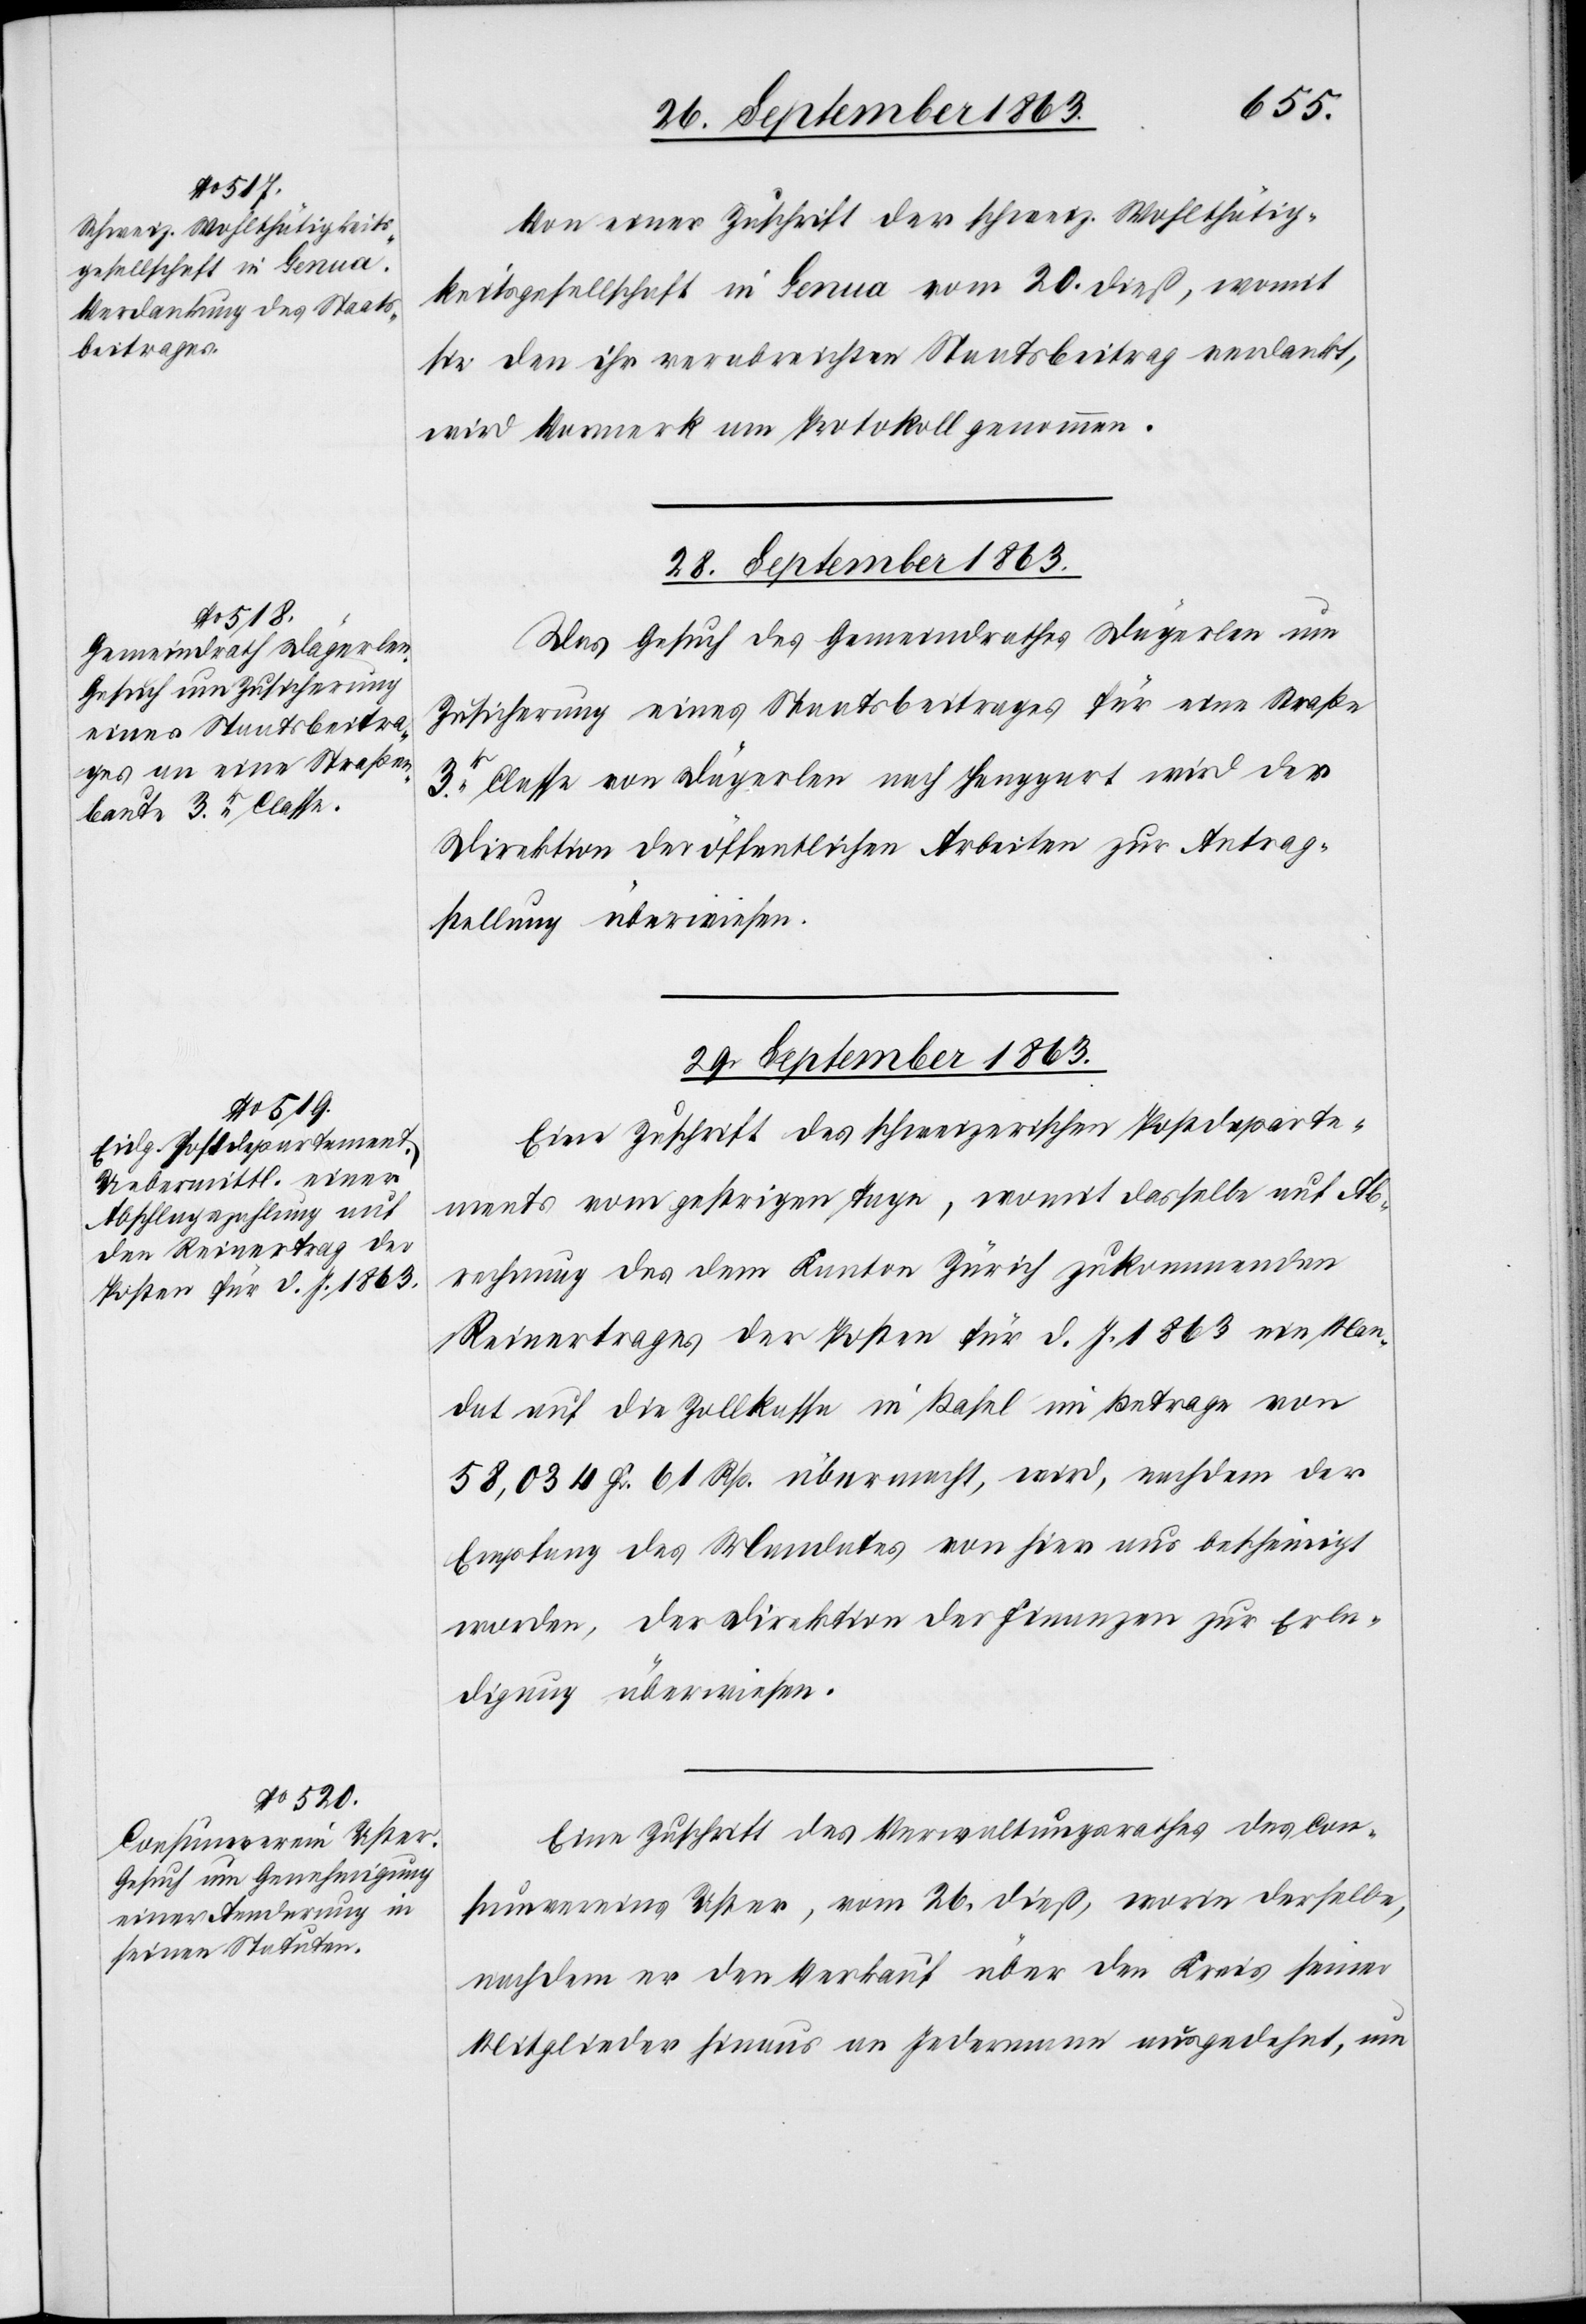
26. September 1863.]
Von einer Zuschrift der schweiz. Wohlthätig¬
keitsgesellschaft in Genua vom 20. dieß, womit
sie den ihr verabreichten Staatsbeitrag verdankt,
wird Vormerk am Protokoll genommen.
28. September 1863.
Das Gesuch des Gemeindrathes Dägerlen um
Zusicherung eines Staatsbeitrages für eine Straße
3r. Classe von Dägerlen nach Henggart wird der
Direktion der öffentlichen Arbeiten zur Antrag¬
stellung überwiesen.
29. September 1863.]
Eine Zuschrift des schweizerischen Postdeparte¬
ments vom gestrigen Tage, womit dasselbe auf Ab¬
rechnung des dem Kanton Zürich zukommenden
Reinertrages der Posten für d. J. 1863 ein Man¬
dat auf die Zollkassa in Basel im Betrage von
58,034 Fr. 61 Rp. übermacht, wird, nachdem der
Empfang des Mandates von hier aus bescheinigt
worden, der Direktion der Finanzen zur Erle¬
digung überwiesen.
Eine Zuschrift des Verwaltungsrathes des Con¬
sumvereins Uster, vom 26. dieß, worin derselbe,
nachdem er den Verkauf über den Kreis seiner
Mitglieder hinaus an Jedermann ausgedehnt, um